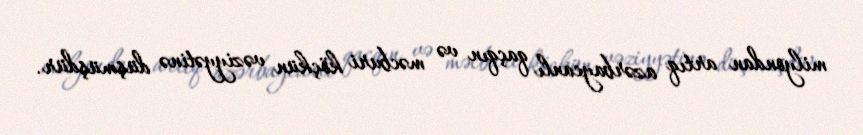
milyondan artıq azərbaycanlı qaçqın və məcburi köçkün vəziyyətinə düşmüşdür.